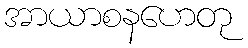
အာယာစနဟေတု